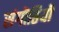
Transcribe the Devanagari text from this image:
संगॊष्ठियॊं